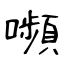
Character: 嚬